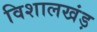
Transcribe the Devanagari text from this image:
विशालखंड़